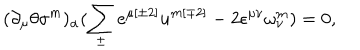
( \partial _ { \mu } \theta \sigma ^ { { m } } ) _ { \alpha } ( \sum _ { \pm } ^ { } e ^ { \mu { [ \pm 2 ] } } u ^ { { m [ \mp 2 ] } } - 2 \epsilon ^ { \mu \nu } \omega _ { \nu } ^ { { m } } ) = 0 ,